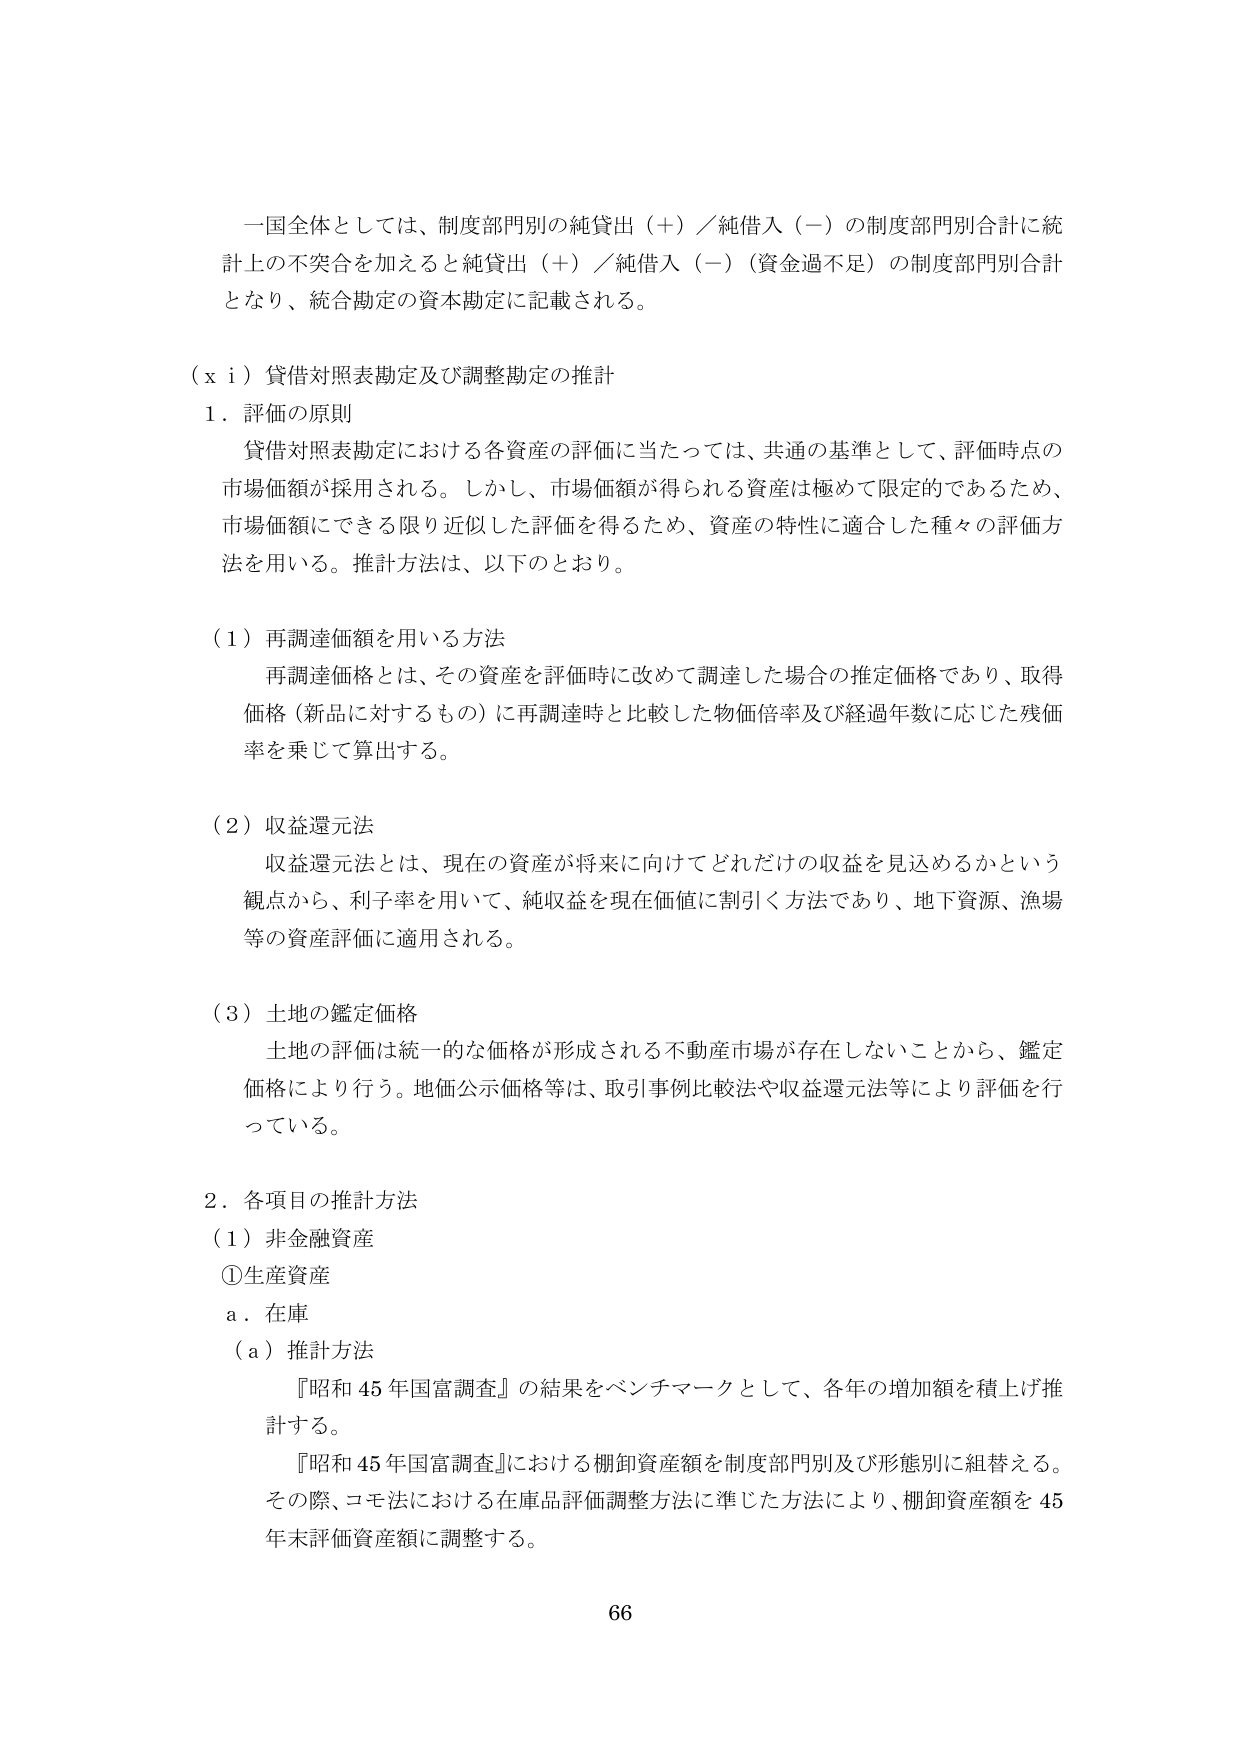
一国全体としては、制度部門別の純貸出（＋）／純借入（－）の制度部門別合計に統計上の不突合を加えると純貸出（＋）／純借入（－）（資金過不足）の制度部門別合計となり、統合勘定の資本勘定に記載される。

（ｘｉ）貸借対照表勘定及び調整勘定の推計

１．評価の原則

　貸借対照表勘定における各資産の評価に当たっては、共通の基準として、評価時点の市場価額が採用される。しかし、市場価額が得られる資産は極めて限定的であるため、市場価額にできる限り近似した評価を得るため、資産の特性に適合した種々の評価方法を用いる。推計方法は、以下のとおり。

（１）再調達価額を用いる方法

　再調達価格とは、その資産を評価時に改めて調達した場合の推定価格であり、取得価格（新品に対するもの）に再調達時と比較した物価倍率及び経過年数に応じた残価率を乗じて算出する。

（２）収益還元法

　収益還元法とは、現在の資産が将来に向けてどれだけの収益を見込めるかという観点から、利子率を用いて、純収益を現在価値に割引く方法であり、地下資源、漁場等の資産評価に適用される。

（３）土地の鑑定価格

　土地の評価は統一的な価格が形成される不動産市場が存在しないことから、鑑定価格により行う。地価公示価格等は、取引事例比較法や収益還元法等により評価を行っている。

２．各項目の推計方法

（１）非金融資産

　①生産資産

　　ａ．在庫

　　（ａ）推計方法

　　　『昭和45年国富調査』の結果をベンチマークとして、各年の増加額を積上げ推計する。

　　　『昭和45年国富調査』における棚卸資産額を制度部門別及び形態別に組替える。その際、コモ法における在庫品評価調整方法に準じた方法により、棚卸資産額を45年末評価資産額に調整する。

66